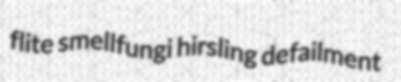
flite smellfungi hirsling defailment